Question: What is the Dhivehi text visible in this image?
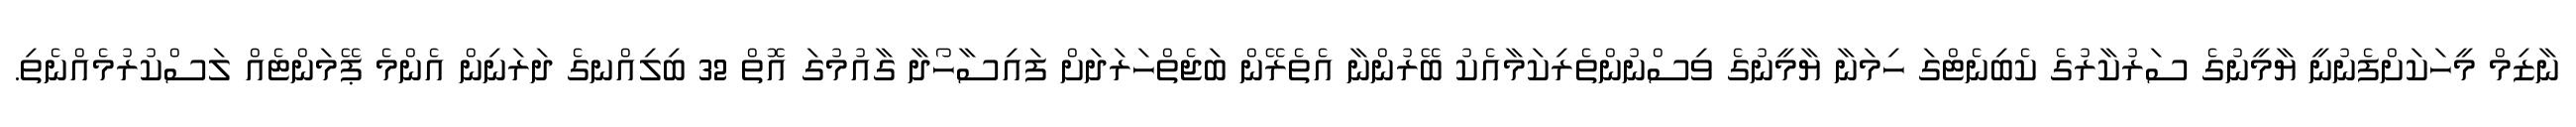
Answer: ނާޒިމް މީހަކަށްފެނުނީ ޔާމީނުގެ ސަރުކާރުގެ ކެބިނެޓްގަ ހިމަނާ ޔާމީނުގެ ވިސްނުންތެރިކަމާއެކު ބޭރުންނާ އެތެރޭން ބަޖެތްހަރަދަށް ފައިސާހޯދާ ގާއުމުގަ އޮތް 32 ބިލިއްނގެ ދަރަނިން އެންމެ ޕޭމަންޓެއް ލަސްކުރުމެއްނެތި.